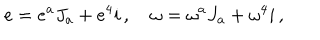
e = e ^ { a } J _ { a } + e ^ { 4 } i \, , \quad \omega = \omega ^ { a } J _ { a } + \omega ^ { 4 } i \, ,